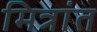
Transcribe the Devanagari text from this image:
मित्रांत